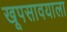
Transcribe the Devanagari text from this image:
खूपसावयाला